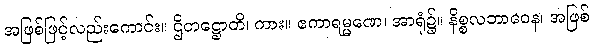
အဖြစ်ဖြင့်လည်းကောင်း။ ဌိတဋ္ဌောတိ၊ ကား။ ဧကာရမ္မဏေ၊ အာရုံ၌။ နိစ္စလဘာဝေန၊ အဖြစ်